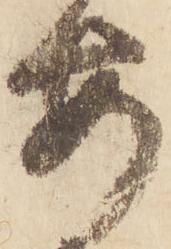
安